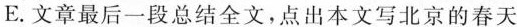
E.文章最后一段总结全文，点出本文写北京的春天